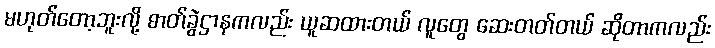
မဟုတ်တော့ဘူးလို့ ဓာတ်ခွဲဌာနကလည်း ယူဆထားတယ် လူတွေ ဆေးတတ်တယ် ဆိုတာကလည်း